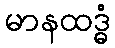
မာနထဒ္ဓံ